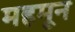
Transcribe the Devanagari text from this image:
महमून